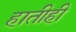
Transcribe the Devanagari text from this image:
हातीही